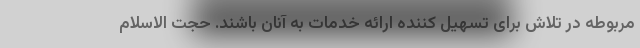
مربوطه در تلاش برای تسهیل کننده ارائه خدمات به آنان باشند. حجت الاسلام